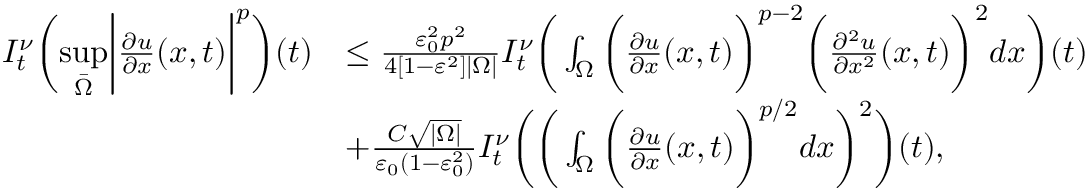
\begin{array} { r l } { I _ { t } ^ { \nu } \bigg ( \underset { \bar { \Omega } } { \operatorname* { s u p } } \bigg | \frac { \partial u } { \partial x } ( x , t ) \bigg | ^ { p } \bigg ) ( t ) } & { \leq \frac { \varepsilon _ { 0 } ^ { 2 } p ^ { 2 } } { 4 [ 1 - \varepsilon ^ { 2 } ] | \Omega | } I _ { t } ^ { \nu } \bigg ( \int _ { \Omega } \bigg ( \frac { \partial u } { \partial x } ( x , t ) \bigg ) ^ { p - 2 } \bigg ( \frac { \partial ^ { 2 } u } { \partial x ^ { 2 } } ( x , t ) \bigg ) ^ { 2 } d x \bigg ) ( t ) } \\ & { + \frac { C \sqrt { | \Omega | } } { \varepsilon _ { 0 } ( 1 - \varepsilon _ { 0 } ^ { 2 } ) } I _ { t } ^ { \nu } \bigg ( \bigg ( \int _ { \Omega } \bigg ( \frac { \partial u } { \partial x } ( x , t ) \bigg ) ^ { p / 2 } d x \bigg ) ^ { 2 } \bigg ) ( t ) , } \end{array}